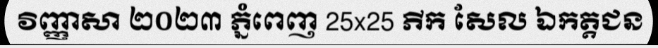
វិញ្ញាសា ២០២៣ ភ្នំពេញ 25x25 ភីក សែល ឯកត្តជន